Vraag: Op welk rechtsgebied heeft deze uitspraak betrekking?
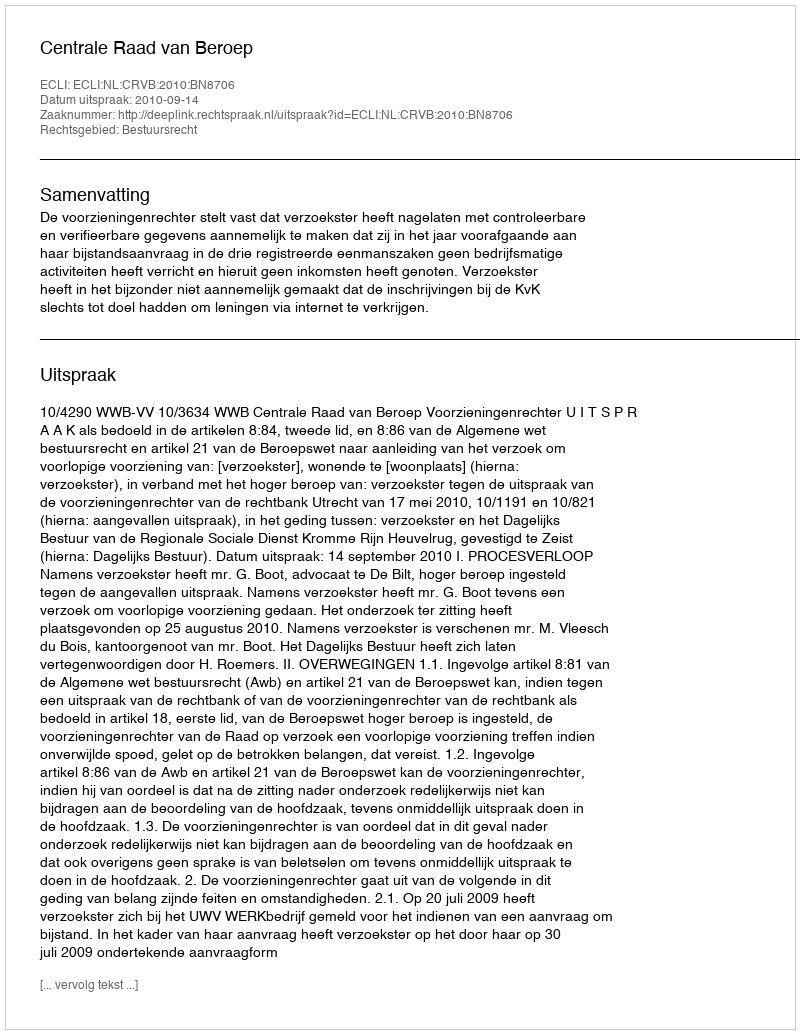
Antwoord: Bestuursrecht